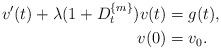
LaTeX: \begin{align*}v'(t) + \lambda (1+D^{\{m\}}_t)v(t) &= g(t),\\v(0)&=v_0.\end{align*}